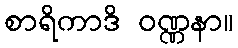
စာရိကာဒိ ဝဏ္ဏနာ။